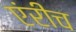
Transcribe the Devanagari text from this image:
एंरीच